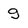
Character: g